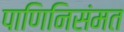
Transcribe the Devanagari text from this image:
पाणिनिसंमत